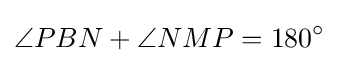
\angle PBN+\angle NMP=180^{\circ }